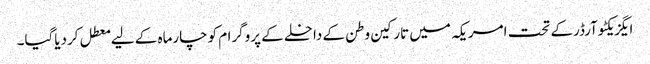
ایگزیکٹوآرڈرکے تحت امریکہ میں تارکین وطن کے داخلے کے پروگرام کوچارماہ کے لیے معطل کردیاگیا۔